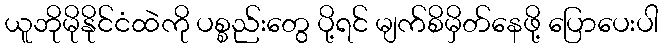
ယူဘိုမိုနိုင်ငံထဲကို ပစ္စည်းတွေ ပို့ရင် မျက်စိမှိတ်နေဖို့ ပြောပေးပါ